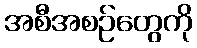
အစီအစဉ်တွေကို